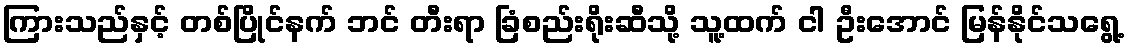
ကြားသည်နှင့် တစ်ပြိုင်နက် ဘင် တီးရာ ခြံစည်းရိုးဆီသို့ သူ့ထက် ငါ ဦးအောင် မြန်နိုင်သရွေ့